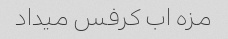
مزه اب کرفس میداد